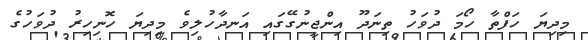
މިދިޔަ ހަފްތާ ހޯމަ ދުވަހު ތިނަދޫ އިންޖީނުގޭގައި އަނދާހުލިވެ މިދިޔަ ހޮނިހިރު ދުވަހުގެ